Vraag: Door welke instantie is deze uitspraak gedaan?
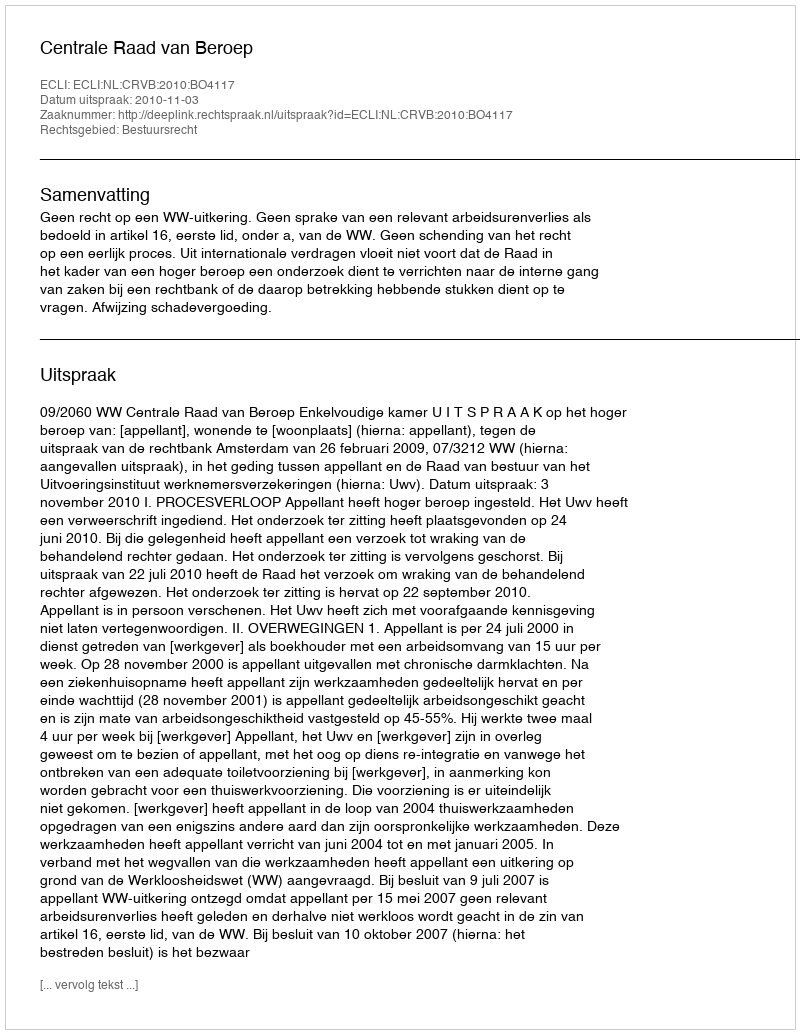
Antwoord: Centrale Raad van Beroep